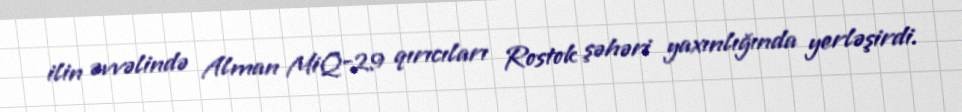
ilin əvvəlində Alman MiQ-29 qırıcıları Rostok şəhəri yaxınlığında yerləşirdi.